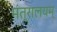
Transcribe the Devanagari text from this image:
मंत्रालयम्